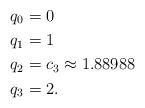
LaTeX: \begin{align*} q_0 &= 0\\ q_1 &= 1\\ q_2 &= c_3 \mathrlap{ {}\approx 1.88988}\\ q_3 &= 2. \end{align*}